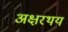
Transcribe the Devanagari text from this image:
अक्षरथय